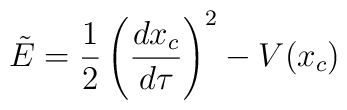
\tilde{E} = {{1} \over {2}} \left( {{dx_{c}} \over {d\tau}} \right)^2 - V(x_{c})